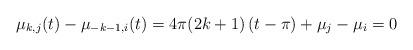
LaTeX: \begin{align*}\mu_{k,j}(t)-\mu_{-k-1,i}(t)=4\pi(2k+1)\left( t-\pi\right) +\mu_{j}-\mu_{i}=0 \end{align*}